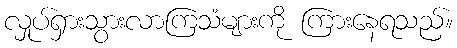
လှုပ်ရှားသွားလာကြသံများကို ကြားနေရသည်။